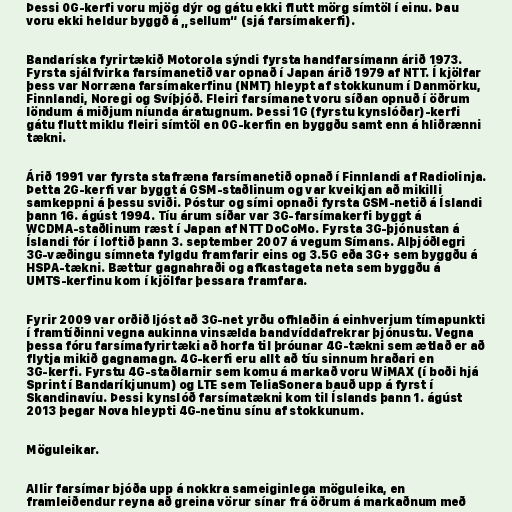
Þessi 0G-kerfi voru mjög dýr og gátu ekki flutt mörg símtöl í einu. Þau
voru ekki heldur byggð á „sellum“ (sjá farsímakerfi).

Bandaríska fyrirtækið Motorola sýndi fyrsta handfarsímann árið 1973.
Fyrsta sjálfvirka farsímanetið var opnað í Japan árið 1979 af NTT. Í kjölfar
þess var Norræna farsímakerfinu (NMT) hleypt af stokkunum í Danmörku,
Finnlandi, Noregi og Svíþjóð. Fleiri farsímanet voru síðan opnuð í öðrum
löndum á miðjum níunda áratugnum. Þessi 1G (fyrstu kynslóðar)-kerfi
gátu flutt miklu fleiri símtöl en 0G-kerfin en byggðu samt enn á hliðrænni
tækni.

Árið 1991 var fyrsta stafræna farsímanetið opnað í Finnlandi af Radiolinja.
Þetta 2G-kerfi var byggt á GSM-staðlinum og var kveikjan að mikilli
samkeppni á þessu sviði. Póstur og sími opnaði fyrsta GSM-netið á Íslandi
þann 16. ágúst 1994. Tíu árum síðar var 3G-farsímakerfi byggt á
WCDMA-staðlinum ræst í Japan af NTT DoCoMo. Fyrsta 3G-þjónustan á
Íslandi fór í loftið þann 3. september 2007 á vegum Símans. Alþjóðlegri
3G-væðingu símneta fylgdu framfarir eins og 3.5G eða 3G+ sem byggðu á
HSPA-tækni. Bættur gagnahraði og afkastageta neta sem byggðu á
UMTS-kerfinu kom í kjölfar þessara framfara.

Fyrir 2009 var orðið ljóst að 3G-net yrðu ofhlaðin á einhverjum tímapunkti
í framtíðinni vegna aukinna vinsælda bandvíddafrekrar þjónustu. Vegna
þessa fóru farsímafyrirtæki að horfa til þróunar 4G-tækni sem ætlað er að
flytja mikið gagnamagn. 4G-kerfi eru allt að tíu sinnum hraðari en
3G-kerfi. Fyrstu 4G-staðlarnir sem komu á markað voru WiMAX (í boði hjá
Sprint í Bandaríkjunum) og LTE sem TeliaSonera bauð upp á fyrst í
Skandinavíu. Þessi kynslóð farsímatækni kom til Íslands þann 1. ágúst
2013 þegar Nova hleypti 4G-netinu sínu af stokkunum.

Möguleikar.

Allir farsímar bjóða upp á nokkra sameiginlega möguleika, en
framleiðendur reyna að greina vörur sínar frá öðrum á markaðnum með